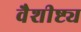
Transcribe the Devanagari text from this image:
वैशीष्ट्य